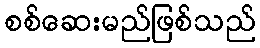
စစ်ဆေးမည်ဖြစ်သည်